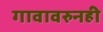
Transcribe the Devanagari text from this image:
गावावरुनही